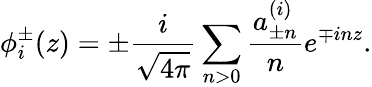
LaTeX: \phi_{i}^{\pm}(z)=\pm\frac{i}{\sqrt{4\pi}}\sum_{n>0}\frac{a_{\pm n}^{(i)}}{n}e^{\mp inz}.